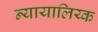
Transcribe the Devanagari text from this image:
न्यायालिय्क